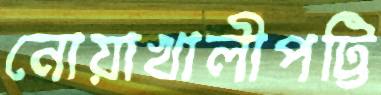
নোয়াখালীপট্টি